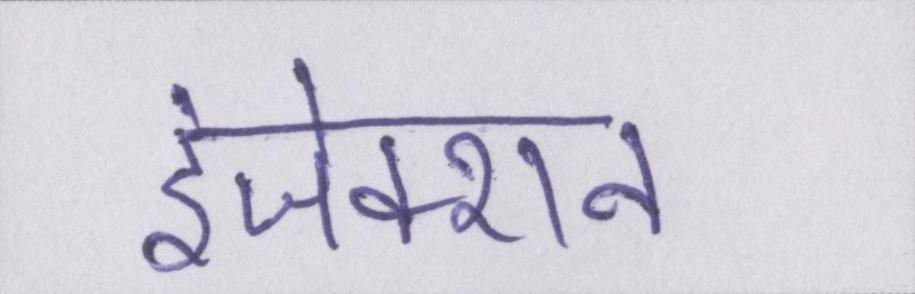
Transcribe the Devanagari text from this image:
इंजेक्शन